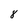
Character: 8